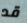
قد